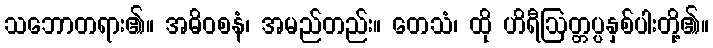
သဘောတရား၏။ အဓိဝစနံ၊ အမည်တည်း။ တေသံ၊ ထို ဟိရီဩတ္တပ္ပနှစ်ပါးတို့၏။